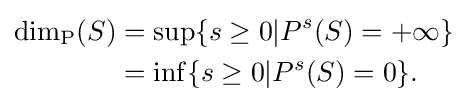
{\begin{aligned}\dim _{\mathrm {P} }(S)&{}=\sup\{s\geq 0|P^{s}(S)=+\infty \}\\&{}=\inf\{s\geq 0|P^{s}(S)=0\}.\end{aligned}}